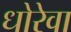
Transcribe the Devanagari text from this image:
धोरेवा